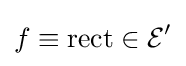
f\equiv \operatorname {rect} \in {\mathcal {E}}'